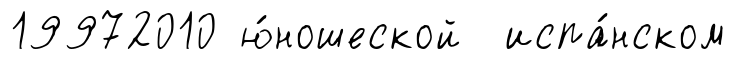
19972010 ю́ношеской испа́нском